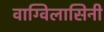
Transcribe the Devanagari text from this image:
वाग्विलासिनी